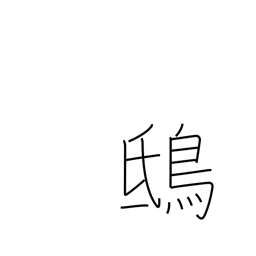
Meaning: kite